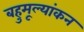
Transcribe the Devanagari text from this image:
बहुमूल्यांकन